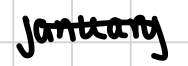
Text: January
Cross-out: single-line
Writing tool: digital_black